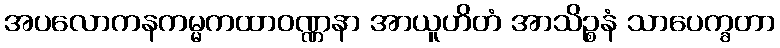
အပလောကနကမ္မကထာဝဏ္ဏနာ အာယူဟိတံ အာသိဉ္စနံ သာပေက္ခတာ